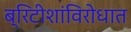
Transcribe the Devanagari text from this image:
ब्रिटीशांविरोधात